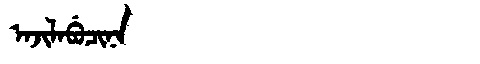
Manchu: ᠠᠵᡳᠯᠠᠪᡠᠴᡳᠨᠠ
Romanization: AJILABUCINA